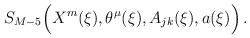
\begin{align*}S_{M-5} \Bigl (X^m (\xi), \theta^\mu(\xi), A_{jk} (\xi) , a (\xi) \Bigr )\, .\end{align*}